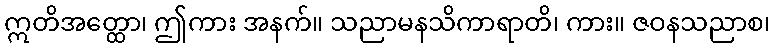
ဣတိအတ္ထော၊ ဤကား အနက်။ သညာမနသိကာရာတိ၊ ကား။ ဇဝနသညာစ၊